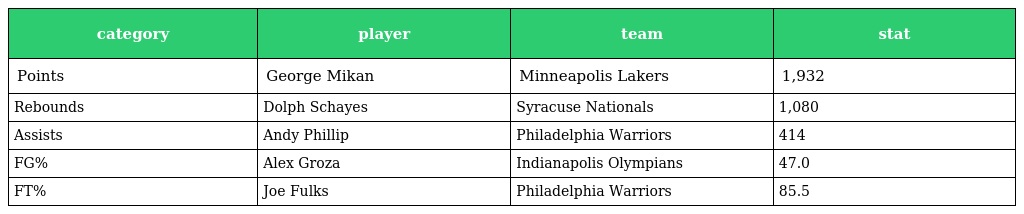
| category | player | team | stat |
 | --- | --- | --- | --- |
 | Points | George Mikan | Minneapolis Lakers | 1,932 |
 | Rebounds | Dolph Schayes | Syracuse Nationals | 1,080 |
 | Assists | Andy Phillip | Philadelphia Warriors | 414 |
 | FG% | Alex Groza | Indianapolis Olympians | 47.0 |
 | FT% | Joe Fulks | Philadelphia Warriors | 85.5 |